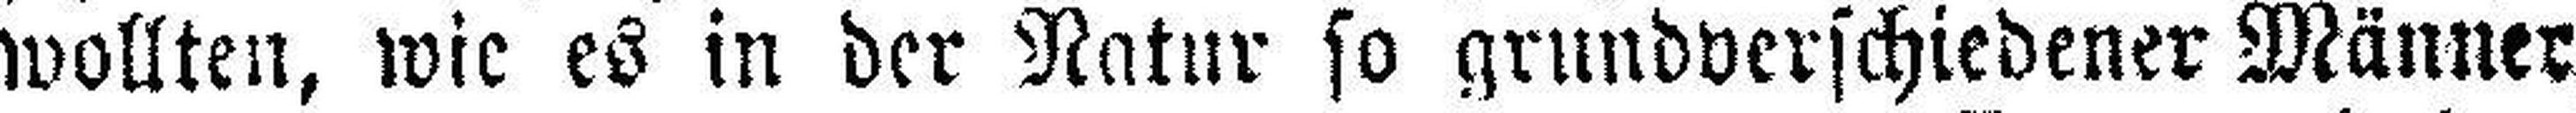
wollten, wie es in der Natur so grundverschiedener Männer